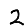
Digit: 2